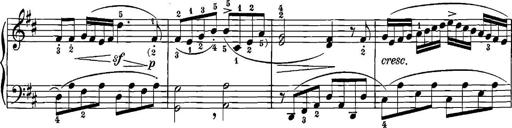
Title: 12 Sonatinas
Composer: Ignaz Pleyel